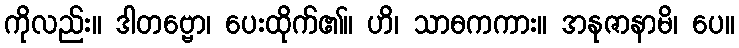
ကိုလည်း။ ဒါတဗ္ဗော၊ ပေးထိုက်၏။ ဟိ၊ သာဓကကား။ အနုဇာနာမိ၊ ပေ။